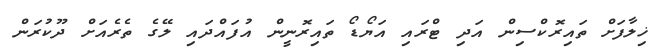
ޚިލާފަށް ތައިރޮކްސިން އަދި ޓްރައި އަޔޯޑޯ ތައިރޮނީން އުފައްދައި ލޭގެ ތެރެއަށް ދޫކުރަން